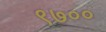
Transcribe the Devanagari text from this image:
९७००